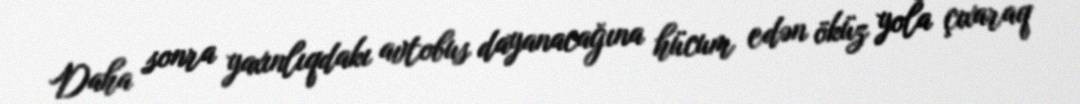
Daha sonra yaxınlıqdakı avtobus dayanacağına hücum edən öküz yola çıxaraq